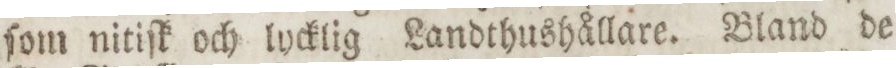
ſom nitiſk och lycklig Landthushållare. Bland de